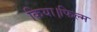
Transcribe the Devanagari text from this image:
किया।फिल्म